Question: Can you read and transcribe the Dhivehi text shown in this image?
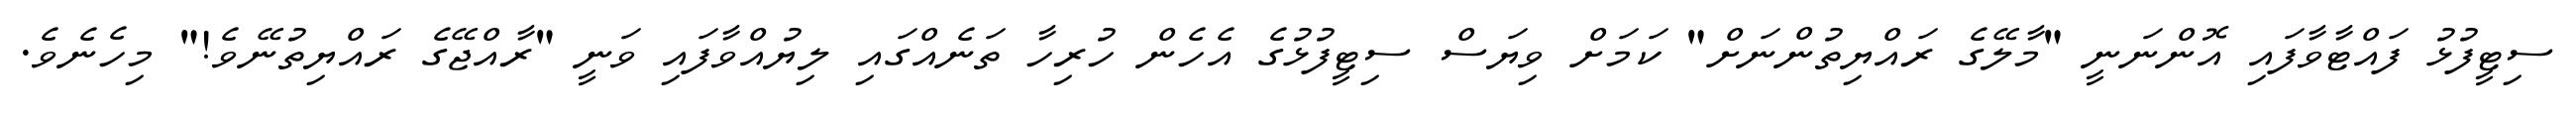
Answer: ސިޓީފުޅު ފައްޓާވާފައި އޮންނަނީ "މާލޭގެ ރައްޔިތުންނަށް" ކަމަށް ވިޔަސް ސިޓީފުޅުގެ އެހެން ހުރިހާ ތަނެއްގައި ލިޔުއްވާފައި ވަނީ "ރާއްޖޭގެ ރައްޔިތުނޭވެ!" މިހެނެވެ.